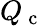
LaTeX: Q_{\mathrm{~c~}}